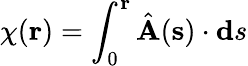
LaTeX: \chi({\mathbf r})=\int_{0}^{{\mathbf r}}\hat{\mathbf A}({\mathbf s})\cdot{\mathbf ds}